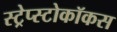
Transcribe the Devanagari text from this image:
स्ट्रेप्स्टोकॉकस